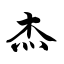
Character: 杰